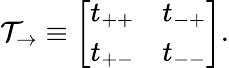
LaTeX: \mathcal{T}_{\rightarrow}\equiv\left[\begin{array}{ll}{t_{++}}&{t_{-+}}\\ {t_{+-}}&{t_{--}}\end{array}\right].